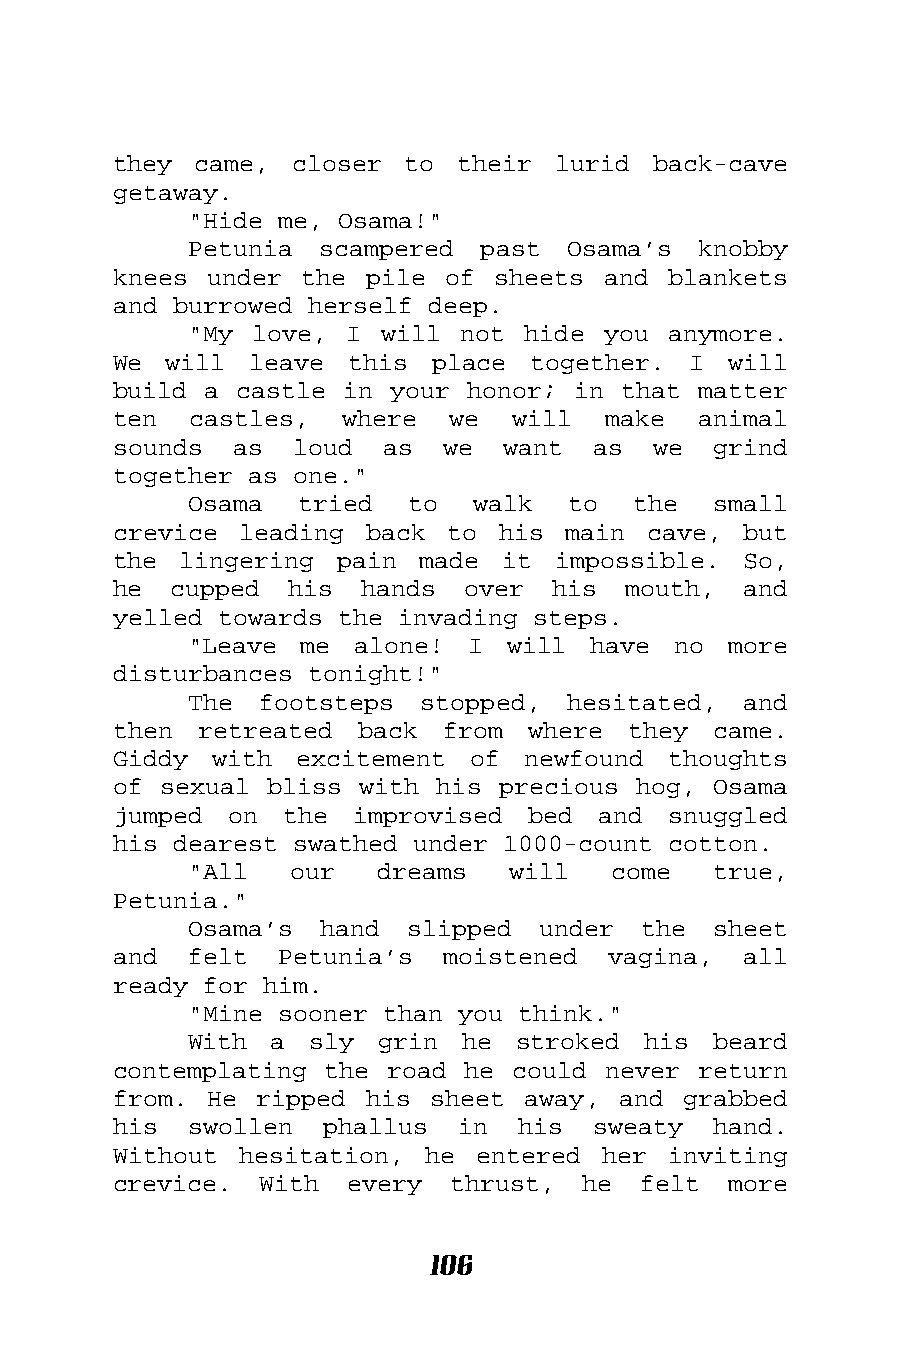
they came,  closer to  their lurid  back-cave
 getaway.
 "Hide me, Osama!"
 Petunia  scampered past  Osama’s  knobby
 knees under the  pile of sheets and  blankets
 and burrowed herself deep.
 "My love, I  will not hide you  anymore.
 We will  leave this  place  together. I  will
 build a castle in your honor; in that  matter
 ten  castles,  where  we  will  make   animal
 sounds  as  loud  as  we  want  as  we  grind
 together as one."
 Osama  tried  to   walk  to  the   small
 crevice leading  back to his  main cave,  but
 the lingering  pain made  it impossible.  So,
 he  cupped his  hands  over  his  mouth,  and
 yelled towards the invading steps.
 "Leave me  alone! I  will  have no  more
 disturbances tonight!"
 The  footsteps stopped,  hesitated,  and
 then retreated  back  from where  they  came.
 Giddy with  excitement of  newfound  thoughts
 of sexual bliss with his precious hog,  Osama
 jumped on  the  improvised bed  and  snuggled
 his dearest swathed under 1000-count cotton.
 "All   our  dreams   will   come   true,
 Petunia."
 Osama’s  hand slipped  under  the  sheet
 and  felt  Petunia’s  moistened  vagina,  all
 ready for him.
 "Mine sooner than you think."
 With a  sly grin  he  stroked his  beard
 contemplating the road he could never  return
 from. He ripped  his sheet away, and  grabbed
 his  swollen  phallus  in  his  sweaty  hand.
 Without hesitation,  he entered her  inviting
 crevice.  With every  thrust,  he  felt  more
 106